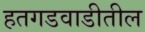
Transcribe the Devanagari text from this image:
हतगडवाडीतील